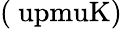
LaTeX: (\mathrm{\ upmuK})